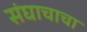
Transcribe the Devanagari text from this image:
संघाचाचा